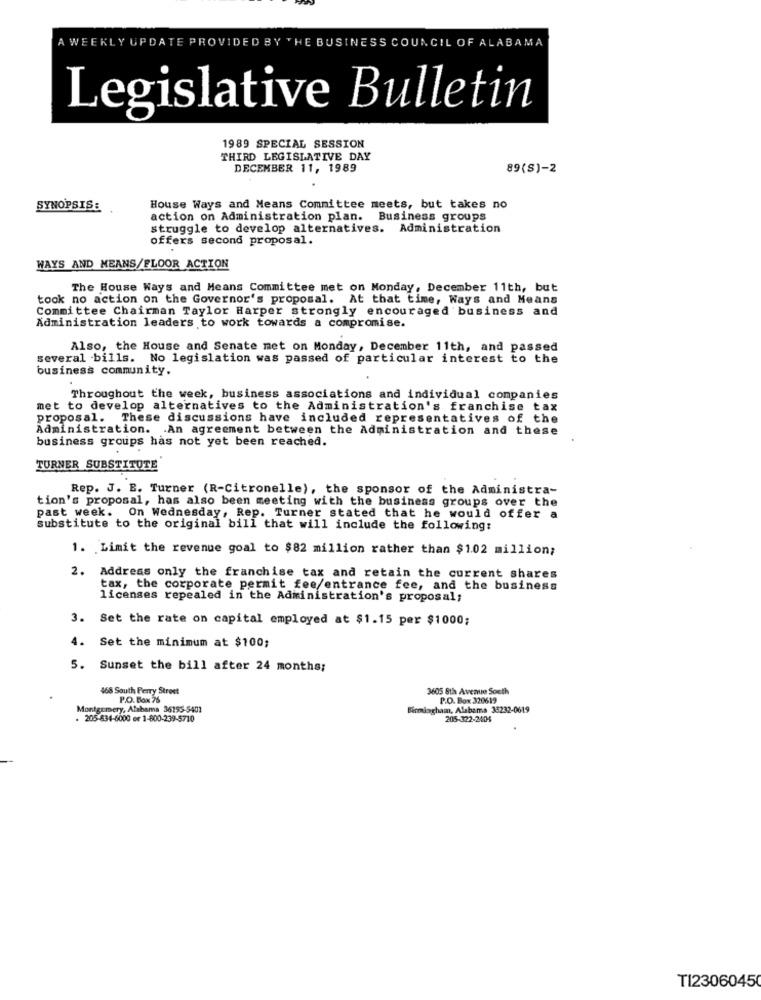
A WEEKLY UPDATE PROVIDED BY THE BUSINESS COUNCIL OF ALABAMA
Legislative Bulletin
1989 SPECIAL SESSION
THIRD LEGISLATIVE DAY
DECEMBER 11, 1989
89(S)-2
SYNOPSIS:
House Ways and Means Committee meets, but takes no
action on Administration plan. Business groups
struggle to develop alternatives. Administration
offers second proposal.
WAYS AND MEANS/FLOOR ACTION
The House Ways and Means Committee met on Monday, December 11th, but
took no action on the Governor's proposal. At that time, Ways and Means
Committee Chairman Taylor Harper strongly encouraged business and
Administration leaders to work towards a compromise.
Also, the House and Senate met on Monday, December 11th, and passed
several bills. No legislation was passed of particular interest to the
business community.
Throughout the week, business associations and individual companies
met to develop alternatives to the Administration's franchise tax
proposal. These discussions have included representatives of the
Administration. An agreement between the Administration and these
business groups has not yet been reached.
TURNER SUBSTITUTE
Rep. J. B. Turner (R-Citronelle), the sponsor of the Administra-
tion's proposal, has also been meeting with the business groups over the
past week. On Wednesday, Rep. Turner stated that he would offer a
Substitute to the original bill that will include the following:
1. Limit the revenue goal to $82 million rather than $1.02 million;
2. Address only the franchise tax and retain the current shares
tax, the corporate permit fee/entrance fee, and the business
licenses repealed in the Administration's proposal;
3. Set the rate on capital employed at $1.15 per $1000;
4. Set the minimum at $100;
5. Sunset the bill after 24 months;
468 South Perry Street
3605 8th Avenue South
P.O. Box 76
P.O. Box 320619
Montgomery, Alabama 36153-5401
Birmingham, Alabama 35232-0619
. 205-834-6000 er 1-800-239-5710
205-322-2405
TI23060450